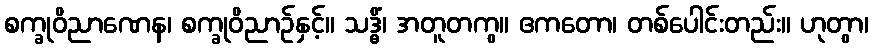
စက္ခုဝိညာဏေန၊ စက္ခုဝိညာဉ်နှင့်။ သဒ္ဓိံ၊ အတူတကွ။ ဧကတော၊ တစ်ပေါင်းတည်း။ ဟုတွာ၊